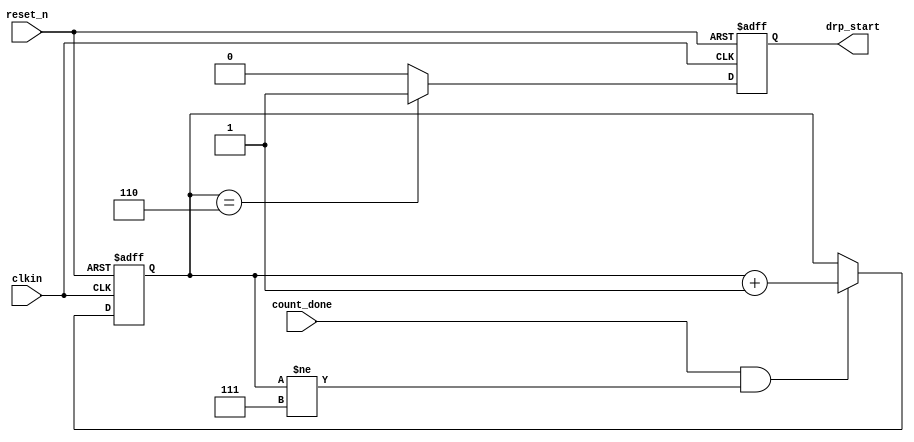
//HDR_START====================================================================
//
//                    Copyright (c) 2011 Analog Devices, Inc.
//
//     All Rights Reserved.  This file is the confidential and proprietary
//     property of ADI and the possession or use of this file requires a 
//     written license. 
// 
//------------------------------------------------------------------------------
//
// File:          
//
// Project:       HADv6
//
//
//
// Description:   
//
// Hierarchy: 
//
// Notes:
//
//   1) See file footer for revision history 
//
//HDR_END======================================================================

module drp_start_ctrl 
   (
    output        drp_start,
    input         clkin,
    input         reset_n,
    input         count_done
    );

   //==========================================================================
   // Register declarations
   //==========================================================================
   reg         drp_start_reg;
   reg  [2:0]  reset_cnt;

   //==========================================================================
   // Generate DRP start pulse
   //==========================================================================
   always @(posedge clkin, negedge reset_n)
      if(reset_n == 1'b0)
         begin
            reset_cnt <= 3'b0;
         end
      else if((count_done == 1'b1) && (reset_cnt != 3'b111))
         begin
            reset_cnt <= reset_cnt + 1;
         end
         
   always @(posedge clkin, negedge reset_n)
      if(reset_n == 1'b0)
         begin
            drp_start_reg <= 1'b0;
         end
      else if(reset_cnt == 3'b110)
         begin
            drp_start_reg <= 1'b1;
         end
      else
          begin
            drp_start_reg <= 1'b0;
         end
        
      assign drp_start = drp_start_reg;      

endmodule